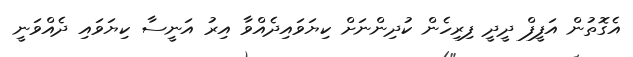
އެގޮތުން އަފީފް ދީދީ ފިރިހެން ކުދިންނަށް ކިޔަވައިދެއްވާ އިރު އަނީސާ ކިޔަވައި ދެއްވަނީ